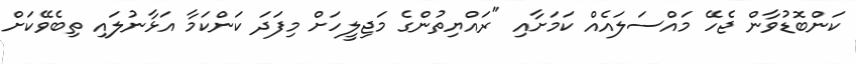
ކަންބޮޑުވާން ޖެހޭ މައްސަލައެއް ކަމަށާއި "ރައްޔިތުންގެ މަޖިލީހަށް މިފަދަ ކަންކަމާ އަޅާނުލައި ތިބެވޭކަށް